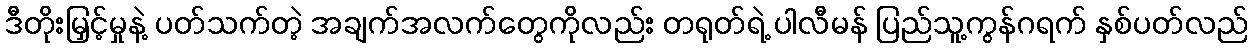
ဒီတိုးမြှင့်မှုနဲ့ ပတ်သက်တဲ့ အချက်အလက်တွေကိုလည်း တရုတ်ရဲ့ ပါလီမန် ပြည်သူ့ကွန်ဂရက် နှစ်ပတ်လည်